Leaving Certificate Examination, 1915
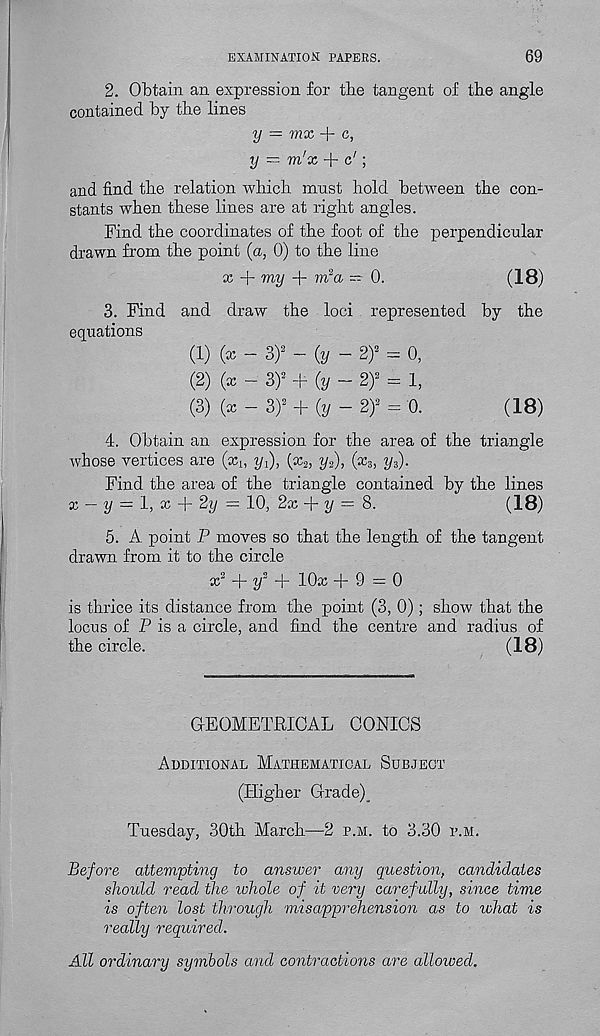
examination: papers.
69
2. Obtain an expression for tbe tangent of the angle
contained by the lines
y = mx + c,
y — m'x + c 1 ;
and find the relation which must hold between the con-
stants when these lines are at right angles.
Find the coordinates of the foot of the perpendicular
drawn from the point (a, 0) to the line
x + my + irfa — 0.
(18)
3. Find and draw the loci represented by the
equations
(1) (x - 3)> - 0 - 2f = 0,
(2) (x - 3)’ + (y - 2)* = 1,
(3) (x - 3)’ + (j, - 2f = 0.
(18)
4. Obtain an expression for the area of the triangle
whose vertices are (x u yi), (x 2 , y 2 ), (x 3 , y 3 ).
Find the area of the triangle contained by the lines
x — i/ = 1, x + 2y = 10, 2x
y = 8.
(18)
5. A point P moves so that the length of the tangent
drawn from it to the circle
x2 + Z/ 2 + 10x +9=0
is thrice its distance from the point (3, 0); show that the
locus of P is a circle, and find the centre and radius of
the circle.
(18)
GEOMETRICAL CONICS
Additional Mathematical Subject
(Higher Grade)
Tuesday, 30th March—2 p.m. to 3.30 P.M.
Before attempting to answer any question, candidates
should read the zohole of it very carefully, since time
is often lost through misapprehension as to what is
really required.
All ordinary symbols and contractions are allowed.